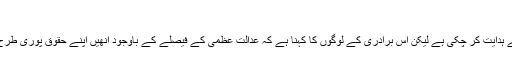
"
پاکستان کی سپریم کورٹ نے خواجہ سراؤں کے حقوق کے تحفظ کو یقینی بنانے کے لیے ہدایت کر چکی ہے لیکن اس برادری کے لوگوں کا کہنا ہے کہ عدالت عظمیٰ کے فیصلے کے باوجود انھیں اپنے حقوق پوری طرح سے نہیں مل رہے جس میں خاص طور پر معاشرے کو بھی اپنا کردار ادا کرنا چاہیے۔